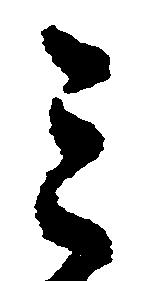
ミ